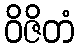
ဝိဇိတံ